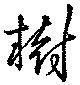
樹